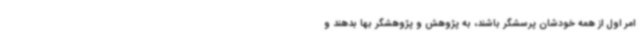
امر اول از همه خودشان پرسشگر باشند، به پژوهش و پژوهشگر بها بدهند و